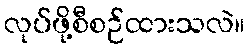
လုပ်ဖို့စီစဉ်ထားသလဲ။